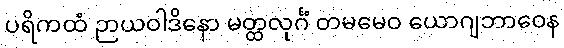
ပရိကထံ ဉာယဝါဒိနော မတ္ထလုင်္ဂံ တမမေဝ ယောဂျဘာဝေန